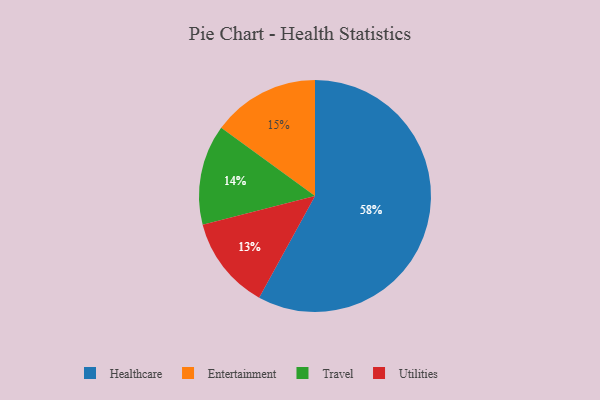
{"axis": {"x": "Category", "y": "Percentage"}, "legend": ["Entertainment", "Healthcare", "Travel", "Utilities"], "data": [{"x": "Utilities", "y": 13, "type": "Utilities"}, {"x": "Travel", "y": 14, "type": "Travel"}, {"x": "Entertainment", "y": 15, "type": "Entertainment"}, {"x": "Healthcare", "y": 58, "type": "Healthcare"}]}